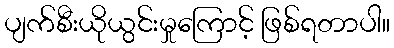
ပျက်စီးယိုယွင်းမှုကြောင့် ဖြစ်ရတာပါ။